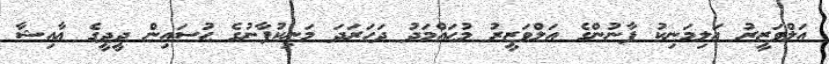
އަލްވަޒީރު ޢަލިމަނިކު ފާނުންގެ އަލްވަޒީރު މުޙައްމަދު ދަހަރަދަ މަނިކުފާނުގެ ޙުސައިން ދީދީގެ ޢާއިޝާ